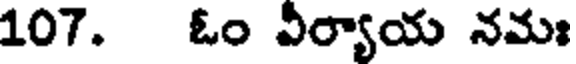
107. ఓం వీర్యాయ నమః